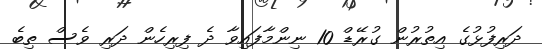
ދަރިފުޅުގެ އިތުރުން ގުރޭޑް 10 ނިންމާފައިވާ ދެ ފިރިހެން ދަރި ވެސް ތިބެ